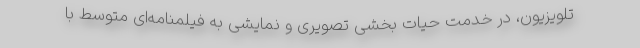
تلویزیون، در خدمت حیات بخشی تصویری و نمایشی به فیلمنامه‌ای متوسط با